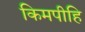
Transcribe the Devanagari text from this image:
किमपीहि